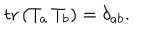
\mathrm { t r } \, ( T _ { a } \, T _ { b } ) = \delta _ { a b } .